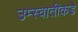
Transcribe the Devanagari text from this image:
उम्स्वातीकडे